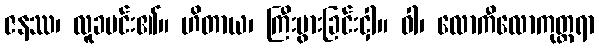
ဇနဿ၊ လူခပင်း၏။ ဟိတာယ၊ ကြီးပွားခြင်းငှါ။ ဝါ၊ လောကီလောကုတ္တရာ